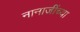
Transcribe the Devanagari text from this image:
नानाजींच्या